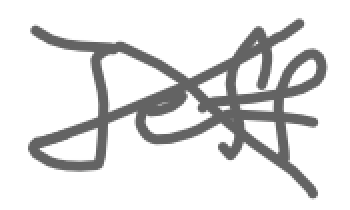
Text: Jeff
Cross-out: cross
Writing tool: digital_gray